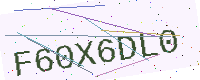
Text: F60X6DL0